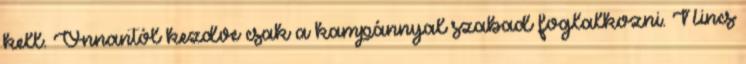
kell. Onnantól kezdve csak a kampánnyal szabad foglalkozni. Nincs